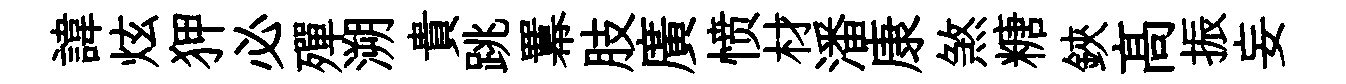
諱炫狎必殫溯貴跳羃肢廣愤材潘康煞糖鋏髙振妄